Indian journal of veterinary science and animal husbandry - Volume 10,
Year: 1940
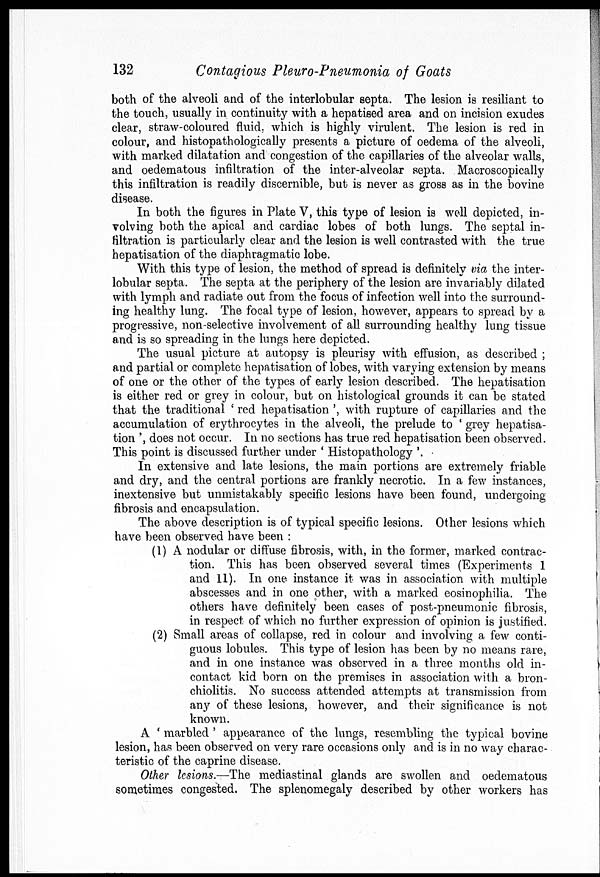
132
Contagious Pleuro-Pneumonia of Goats
both of the alveoli and of the interlobular septa. The lesion is resiliant to
the touch, usually in continuity with a hepatised area and on incision exudes
clear, straw-coloured fluid, which is highly virulent. The lesion is red in
colour, and histopathologically presents a picture of oedema of the alveoli,
with marked dilatation and congestion of the capillaries of the alveolar walls,
and oedematous infiltration of the inter-alveolar septa. Macroscopically
this infiltration is readily discernible, but is never as gross as in the bovine
disease.
In both the figures in Plate V, this type of lesion is well depicted, in-
volving both the apical and cardiac lobes of both lungs. The septal in-
filtration is particularly clear and the lesion is well contrasted with the true
hepatisation of the diaphragmatic lobe.
With this type of lesion, the method of spread is definitely via the inter-
lobular septa. The septa at the periphery of the lesion are invariably dilated
with lymph and radiate out from the focus of infection well into the surround-
ing healthy lung. The focal type of lesion, however, appears to spread by a
progressive, non-selective involvement of all surrounding healthy lung tissue
and is so spreading in the lungs here depicted.
The usual picture at autopsy is pleurisy with effusion, as described ;
and partial or complete hepatisation of lobes, with varying extension by means
of one or the other of the types of early lesion described. The hepatisation
is either red or grey in colour, but on histological grounds it can be stated
that the traditional ' red hepatisation ', with rupture of capillaries and the
accumulation of erythrocytes in the alveoli, the prelude to ' grey hepatisa-
tion ', does not occur. In no sections has true red hepatisation been observed.
This point is discussed further under ' Histopathology '.
In extensive and late lesions, the main portions are extremely friable
and dry, and the central portions are frankly necrotic. In a few instances,
inextensive but unmistakably specific lesions have been found, undergoing
fibrosis and encapsulation.
The above description is of typical specific lesions. Other lesions which
have been observed have been :
(1) A nodular or diffuse fibrosis, with, in the former, marked contrac-
tion. This has been observed several times (Experiments 1
and 11). In one instance it was in association with multiple
abscesses and in one other, with a marked eosinophilia. The
others have definitely been cases of post-pneumonic fibrosis,
in respect of which no further expression of opinion is justified.
(2) Small areas of collapse, red in colour and involving a few conti-
guous lobules. This type of lesion has been by no means rare,
and in one instance was observed in a three months old in-
contact kid born on the premises in association with a bron-
chiolitis. No success attended attempts at transmission from
any of these lesions, however, and their significance is not
known.
A ' marbled' appearance of the lungs, resembling the typical bovine
lesion, has been observed on very rare occasions only and is in no way charac-
teristic of the caprine disease.
Other lesions.—The mediastinal glands are swollen and oedematous
sometimes congested. The splenomegaly described by other workers has